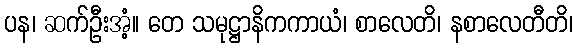
ပန၊ ဆက်ဦးအံ့။ တေ သမုဋ္ဌာနိကကာယံ၊ စာလေတိ၊ နစာလေတီတိ၊